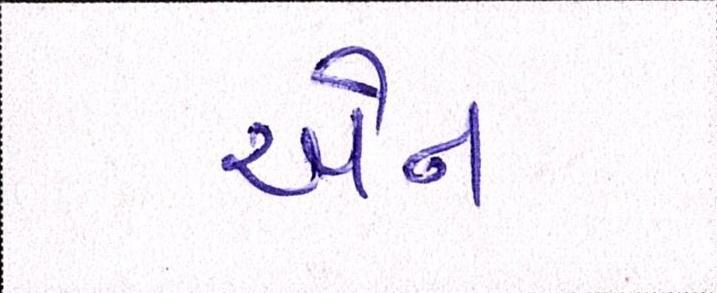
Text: એન